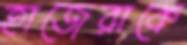
হাজেরাকে